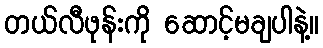
တယ်လီဖုန်းကို ဆောင့်မချပါနဲ့။